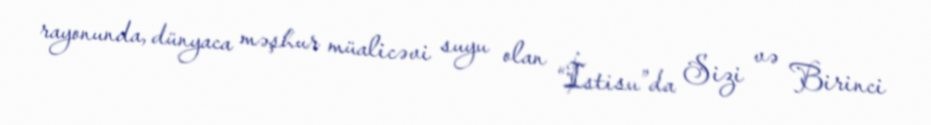
rayonunda, dünyaca məşhur müalicəvi suyu olan “İstisu”da Sizi və Birinci